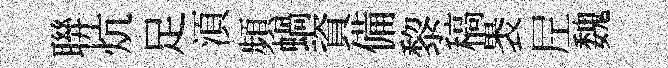
聨炕足湏頻蝸資備黎稿褁𡰱魏